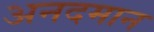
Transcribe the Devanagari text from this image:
अनदमान